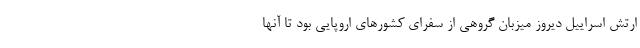
ارتش اسراییل دیروز میزبان گروهی از سفرای کشورهای اروپایی بود تا آنها